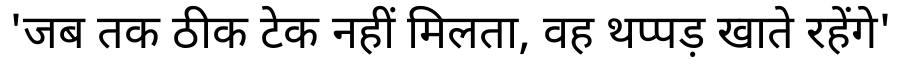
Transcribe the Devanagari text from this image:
'जब तक ठीक टेक नहीं मिलता, वह थप्पड़ खाते रहेंगे'